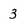
Character: 3